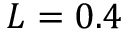
L = 0 . 4